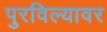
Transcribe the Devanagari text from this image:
पुरविल्यावर